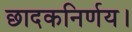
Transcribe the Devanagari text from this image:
छादकनिर्णय।